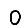
Digit: 0